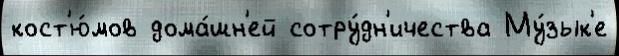
кост'ю́мов дома́шн'ей сотру́дн'ичества Му́зык'е